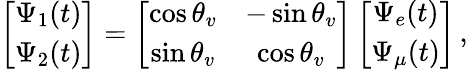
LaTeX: \left[\begin{array}{cc}{{\Psi_{1}(t)}}\\ {{\Psi_{2}(t)}}\end{array}\right]=\left[\begin{array}{cc}{{\cos{\theta_{v}}}}&{{-\sin{\theta_{v}}}}\\ {{\sin{\theta_{v}}}}&{{\cos{\theta_{v}}}}\end{array}\right]\left[\begin{array}{cc}{{\Psi_{e}(t)}}\\ {{\Psi_{\mu}(t)}}\end{array}\right]\, ,